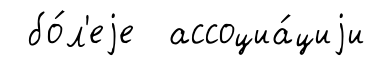
бо́л'еjе ассоциа́циjи